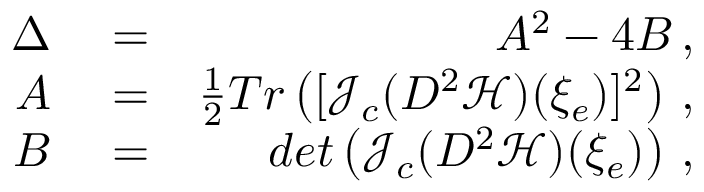
\begin{array} { r l r } { \Delta } & { { } = } & { A ^ { 2 } - 4 B \, , } \\ { A } & { { } = } & { \frac { 1 } { 2 } T r \left( [ { \mathcal { J } } _ { c } ( D ^ { 2 } { \mathcal { H } } ) ( \xi _ { e } ) ] ^ { 2 } \right) \, , } \\ { B } & { { } = } & { d e t \left( { \mathcal { J } } _ { c } ( D ^ { 2 } { \mathcal { H } } ) ( \xi _ { e } ) \right) \, , } \end{array}